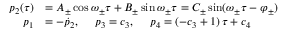
\begin{array} { r l } { p _ { 2 } ( \tau ) } & { = A _ { \pm } \cos \omega _ { \pm } \tau + B _ { \pm } \sin \omega _ { \pm } \tau = C _ { \pm } \sin ( \omega _ { \pm } \tau - \varphi _ { \pm } ) } \\ { p _ { 1 } } & { = - \dot { p } _ { 2 } , ~ ~ ~ ~ p _ { 3 } = c _ { 3 } , ~ ~ ~ ~ p _ { 4 } = ( - c _ { 3 } + 1 ) \, \tau + c _ { 4 } } \end{array}